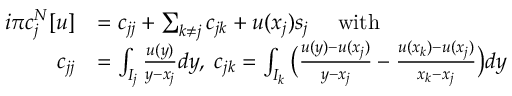
\begin{array} { r l } { i \pi c _ { j } ^ { N } [ u ] } & { = c _ { j j } + \sum _ { k \ne j } c _ { j k } + u ( x _ { j } ) s _ { j } \quad \mathrm { ~ w i t h ~ } } \\ { c _ { j j } } & { = \int _ { I _ { j } } \frac { u ( y ) } { y - x _ { j } } d y , \; c _ { j k } = \int _ { I _ { k } } \big ( \frac { u ( y ) - u ( x _ { j } ) } { y - x _ { j } } - \frac { u ( x _ { k } ) - u ( x _ { j } ) } { x _ { k } - x _ { j } } \big ) d y } \end{array}